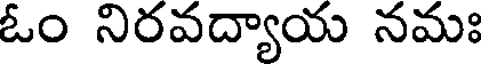
ఓం నిరవద్యాయ నమః